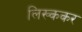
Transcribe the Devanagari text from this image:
लिख्ककर